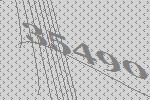
35490